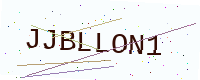
Text: JJBLLON1